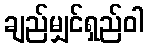
ချည်မျှင်ရှည်ဝါ